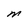
Character: M